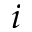
i